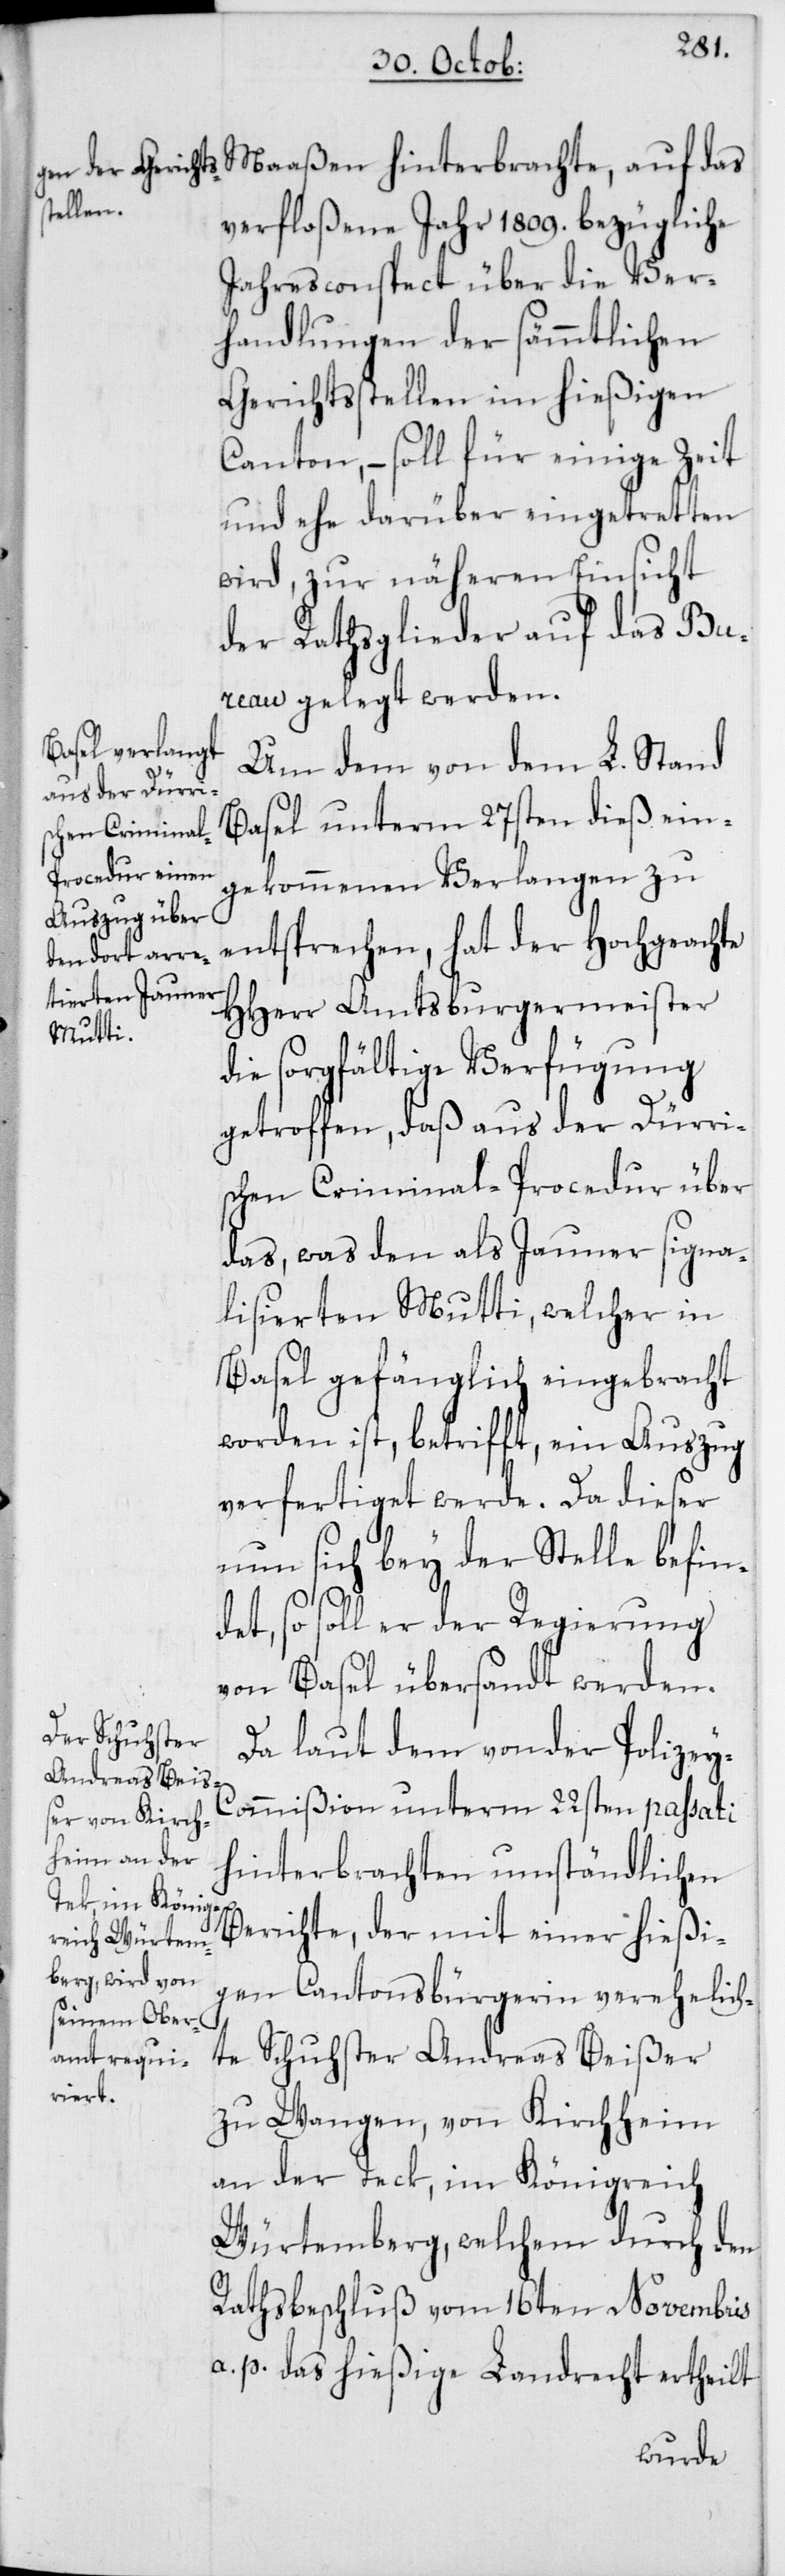
Maaßen hinterbrachte, auf das
verfloßene Jahr 1809. bezügliche
Jahresconspect über die Ver¬
handlungen der sämmtlichen
Gerichtsstellen im hießigen
Canton, – soll für einige Zeit
und ehe darüber eingetretten
wird, zur näheren Einsicht
der Rathsglieder auf das Bu¬
reau gelegt werden.
Um dem von dem L. Stand
Basel unterm 27sten dieß ein¬
gekommenen Verlangen zu
entsprechen, hat der Hochgeachte
HHerr Amtsburgermeister
die sorgfältige Verfügung
getroffen, daß aus der Dürri¬
schen Criminal-Procedur über
das, was den als Jauner signa¬
lisierten Mutti, welcher in
Basel gefänglich eingebracht
worden ist, betrifft, ein Auszug
verfertiget werde. Da dieser
nun sich bey der Stelle befin¬
det, so soll der Regierung
von Basel übersandt werden.
Da laut dem von der Polizey-C¬
ommißion unterm 22sten passati
hinterbrachten umständlichen
Berichte, der mit einer hießi¬
gen Cantonsbürgerin verehelich¬
te Schuster Andreas Beißer
zu Wangen, von Kirchheim
an der Teck im Königreich
Würtemberg, welchem durch den
Rathsbeschluß vom 16ten Novembris
a. p. das hießige Landrecht ertheilt